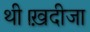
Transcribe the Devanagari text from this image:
थी।ख़दीजा